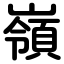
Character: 嶺